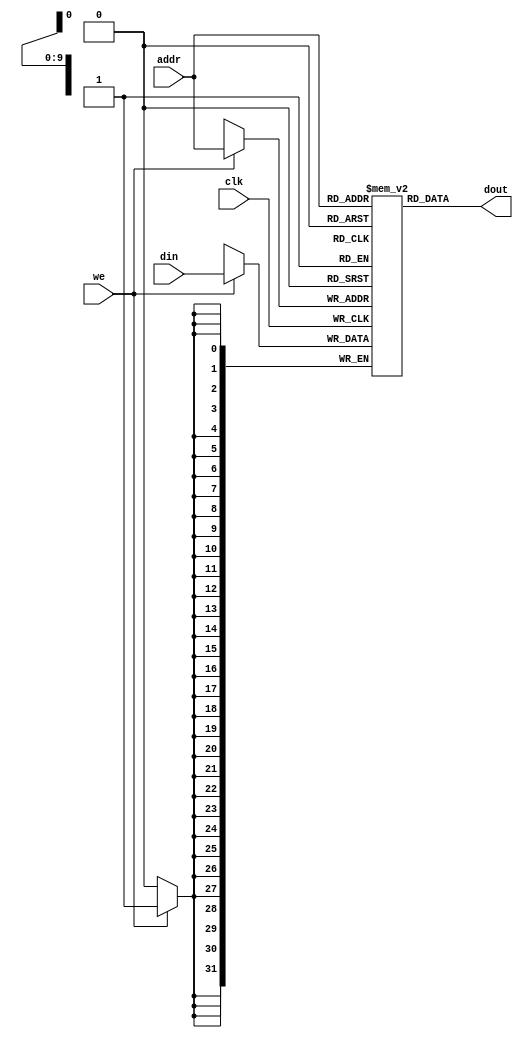
`timescale 1ns / 1ns
//////////////////////////////////////////////////////////////////////////////////
// Company: 
// Engineer: 
// 
// Design Name: 
// Module Name: dm
// Project Name: 
// Target Devices: 
// Tool Versions: 
// Description: 
// 
// Dependencies: 
// 
// Revision:
// Revision 0.01 - File Created
// Additional Comments:
// 
//////////////////////////////////////////////////////////////////////////////////


module dm_4k(addr,din,we,clk,dout);
input [11:2] addr;
input [31:0] din;
input we;
input clk;
output [31:0] dout;
reg [31:0] dm[1023:0];
integer i;

initial begin
dm[0]=0;
dm[1]=100;
dm[2]=1;
dm[3]=0;
dm[4]=0;
end

assign dout=dm[addr];

always@(posedge clk)begin
    if(we)
        dm[addr]<=din;
end;
endmodule